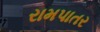
રામપાતર